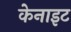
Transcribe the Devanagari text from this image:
केनाइट